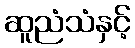
ဆူညံသံနှင့်